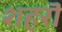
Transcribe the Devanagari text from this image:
शहरॊ